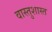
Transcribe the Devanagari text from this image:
वास्तुशास्त